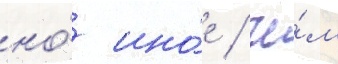
но́ ино́е / че́м